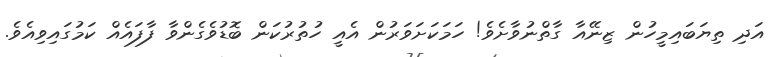
އަދި ތިޔަބައިމީހުން ޒިނޭއާ ގާތްނުވާށެވެ! ހަމަކަށަވަރުން އެއީ ހުތުރުކަން ބޮޑުވެގެންވާ ފާފައެއް ކަމުގައިވިއެވެ.